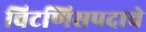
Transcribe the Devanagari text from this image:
चिटणिसपदाचे